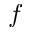
f